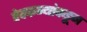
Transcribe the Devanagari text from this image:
देवकन्यांकडून